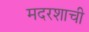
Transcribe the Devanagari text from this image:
मदरशाची